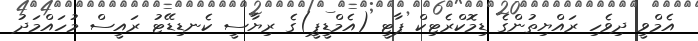
އެމްވީ ދިވެހި ރައްޔިތުންގެ ޑިމޮކްރެޓިކް ޕާޓީ (އެމްޑީޕީ)ގެ ރިޔާސީ ކެނޑިޑޭޓު ރައީސް މުހައްމަދު